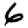
Digit: 6